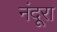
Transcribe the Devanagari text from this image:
नंदूरा